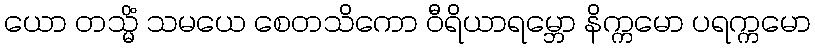
ယော တသ္မိံ သမယေ စေတသိကော ဝီရိယာရမ္ဘော နိက္ကမော ပရက္ကမော